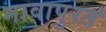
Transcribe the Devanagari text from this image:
नावापुरतं